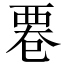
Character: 䙴